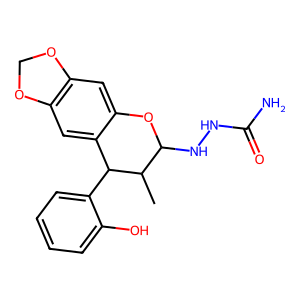
SMILES: CC1C(NNC(N)=O)Oc2cc3c(cc2C1c1ccccc1O)OCO3
Inhibits HIV replication: No